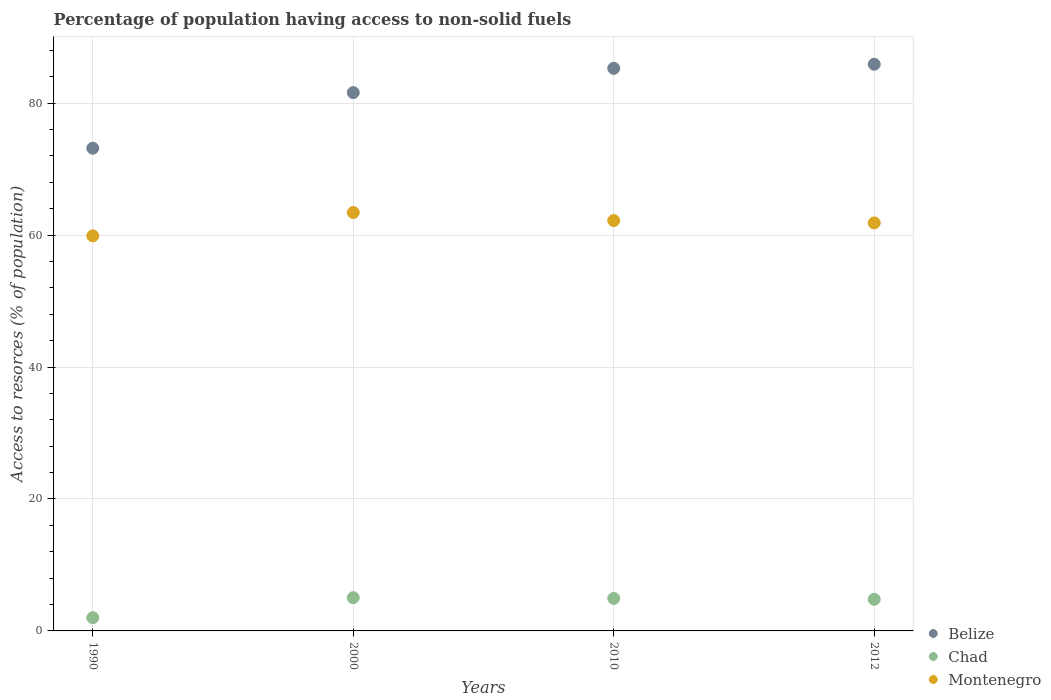
| Years | Belize | Chad | Montenegro |
 | --- | --- | --- | --- |
 | 1990 | 73.2 | 2.01 | 59.9 |
 | 2000 | 81.6 | 5.04 | 63.4 |
 | 2010 | 85.3 | 4.92 | 62.2 |
 | 2012 | 85.9 | 4.79 | 61.8 |